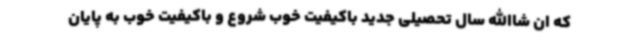
که ان شاالله سال تحصیلی جدید باکیفیت خوب شروع و باکیفیت خوب به پایان